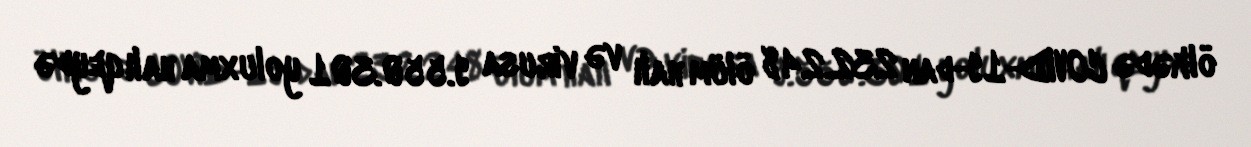
ölkədə COVID-19-dan 232.248 ölüm halı və virusa 9.550.301 yoluxma halı qeydə